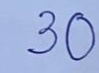
30